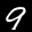
Label: 9